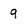
Character: 9